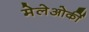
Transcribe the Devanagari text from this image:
मेलेओर्की